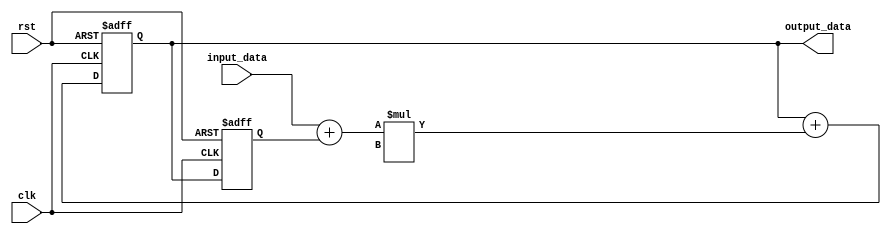
module iir_filter_accumulator (
    input clk,
    input rst,
    input signed [15:0] input_data,
    output reg signed [15:0] output_data
);

reg signed [15:0] previous_output;
reg signed [15:0] accumulated_value;

always @(posedge clk or posedge rst)
begin
    if (rst)
    begin
        previous_output <= 0;
        accumulated_value <= 0;
    end
    else
    begin
        accumulated_value <= accumulated_value + (input_data + previous_output) * filter_coefficient; // filter_coefficient is assumed to be predefined
        previous_output <= accumulated_value;
    end
end

assign output_data = accumulated_value;

endmodule